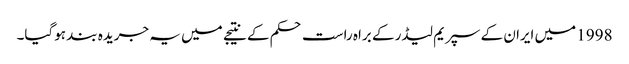
1998 میں ایران کے سپریم لیڈر کے براہ راست حکم کے نتیجے میں یہ جریدہ بند ہوگیا۔